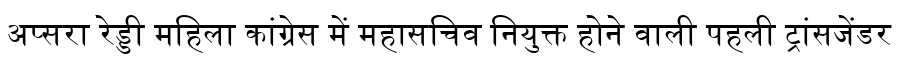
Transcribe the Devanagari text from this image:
अप्सरा रेड्डी महिला कांग्रेस में महासचिव नियुक्त होने वाली पहली ट्रांसजेंडर